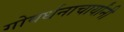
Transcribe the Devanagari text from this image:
गोवर्धनाचार्यांनी